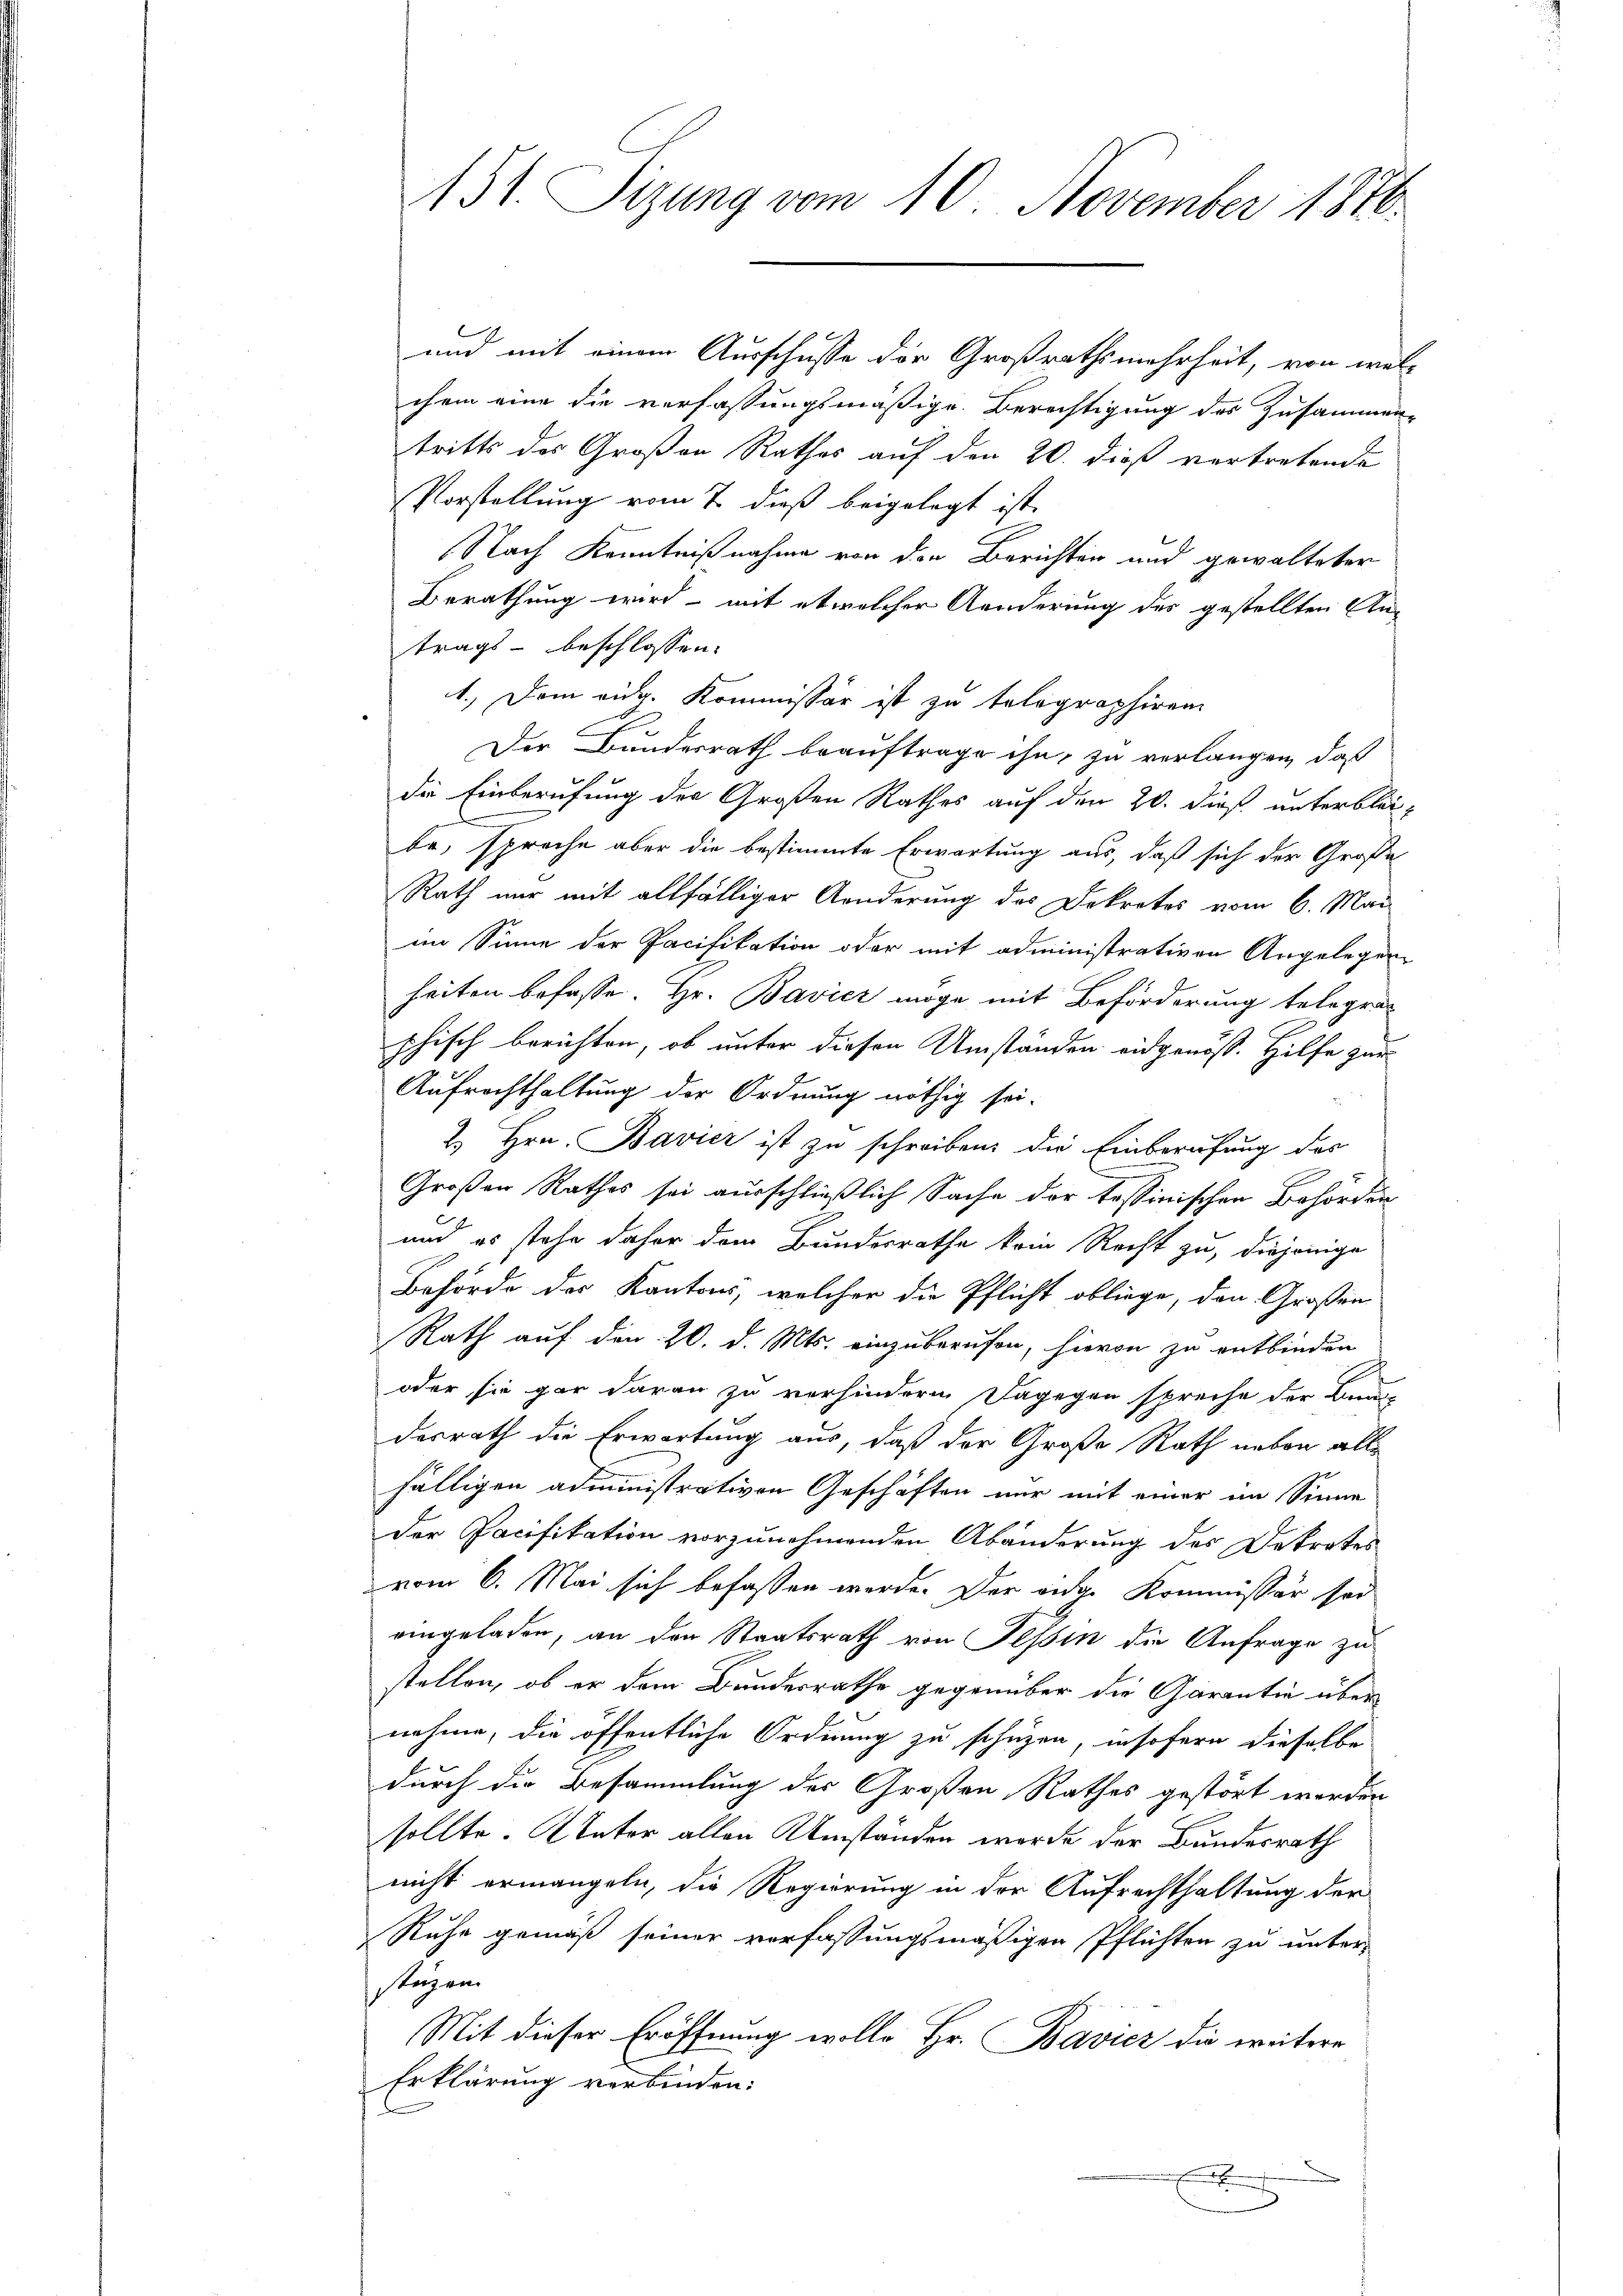
151. Sizung vom 10. November 1876.

und mit einem Ausschusse der Großrathsmehrheit, von wel-
chem eine die verfassungsmäßige Berechtigung des Zusammen-
tritts des Großen Rathes auf den 20. dieß vertretende
Vorstellung vom 7. dieß beigelegt ist.
Nach Kenntnißnahme von den Berichten und gewalteter
Berathung wird - mit etwelcher Aenderung des gestellten Antrags- beschlossen:
1.) Dem eidg. Kommissär ist zu telegraphiren
Der Bundesrath beauftrage ihn, zu verlangen, daß
die Einberufung der Großen Rathes auf den 20. dieß unterbleibe, spreche aber die bestimmte Erwartung aus, daß sich der Große
Rath nur mit allfälliger Aenderung des Dekretes vom 6. Mai
im Sinne der Pacifikation oder mit administrativen Angelegen-
heiten befasse. Hr. Bavicz möge, mit Beförderung telegraphisch berichten, ob unter diesen Umständen eidgenöss. Hilfe zur
Aufrechthaltung der Ordnung nöthig sei.
2.) Hrn. Bavier ist zu schreiben die Einberufung des
Großen Rathes sei ausschließlich Sache der tessinischen Behörden
und es stehe daher dem Bundesrathe kein Recht zu, diejenige
Behörde der Kantons, welcher die Pflicht obliege, den Großen
Rath auf den 20. d. Mts. einzuberufen, hievon zu entbinden
oder sie gar daran zu verhindern dagegen spreche der Bau
desrath die Erwartung aus, daß der Große Rath neben alle
fältigen administrativen Geschäften nur mit einer im Sinne
der Pacifikation vorzunehmenden Abänderung des Dekretes
vom 6. Mai sich befassen werde. Der ander Kommissär sei
eingeladen, an den Staatsrath von Tessin die Anfrage zu
stellen, ob er dem Bundesrathe gegenüber die Garantie über
nahme, die öffentliche Ordnung zu schutzen, insofern dieselbe
durch die Besammlung der Großen Rathes gestört werden
sollte. Nator allen Umständen werde der Bundesrath
nicht ermangeln, die Regierung in der Aufrechthaltung der
Ruhe gemäß seiner verfassungsmäßigen Pflichten zu unter-
stüzen.
Mit dieser Eröffnung wolle Hr. Bavier die weitere
Erklärung verbinden:
s